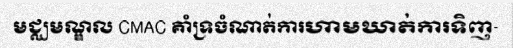
មជ្ឈមណ្ឌល CMAC គាំទ្រចំណាត់ការហាមឃាត់ការទិញ-